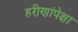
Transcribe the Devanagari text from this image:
हरीणांपेक्षा